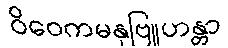
ဝိဝေကမနုဗြူဟန္တာ